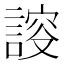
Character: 𧩮